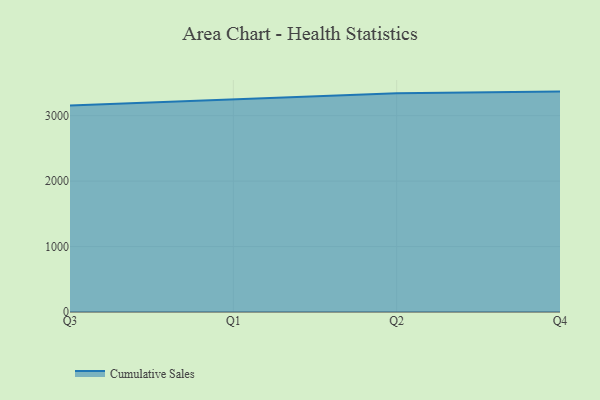
{"axis": {"x": "Quarter", "y": "Energy Usage (MWh)"}, "legend": ["Cumulative Sales"], "data": [{"x": "Q3", "y": 3154.6, "type": "Cumulative Sales"}, {"x": "Q1", "y": 3250.7, "type": "Cumulative Sales"}, {"x": "Q2", "y": 3343.0, "type": "Cumulative Sales"}, {"x": "Q4", "y": 3367.6, "type": "Cumulative Sales"}]}